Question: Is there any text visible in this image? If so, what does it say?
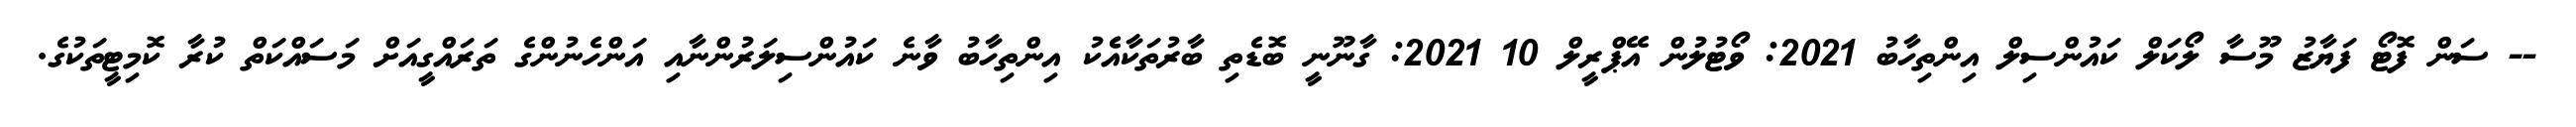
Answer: -- ސަން ފޮޓޯ ފަޔާޒު މޫސާ ލޯކަލް ކައުންސިލް އިންތިހާބު 2021: ވޯޓުލުން އޭޕްރީލް 10 2021: ގާނޫނީ ބޮޑެތި ބާރުތަކާއެެކު އިންތިހާބު ވާނެ ކައުންސިލަރުންނާއި އަންހެނުންގެ ތަރައްގީއަށް މަސައްކަތް ކުރާ ކޮމިޓީތަކުގެ.